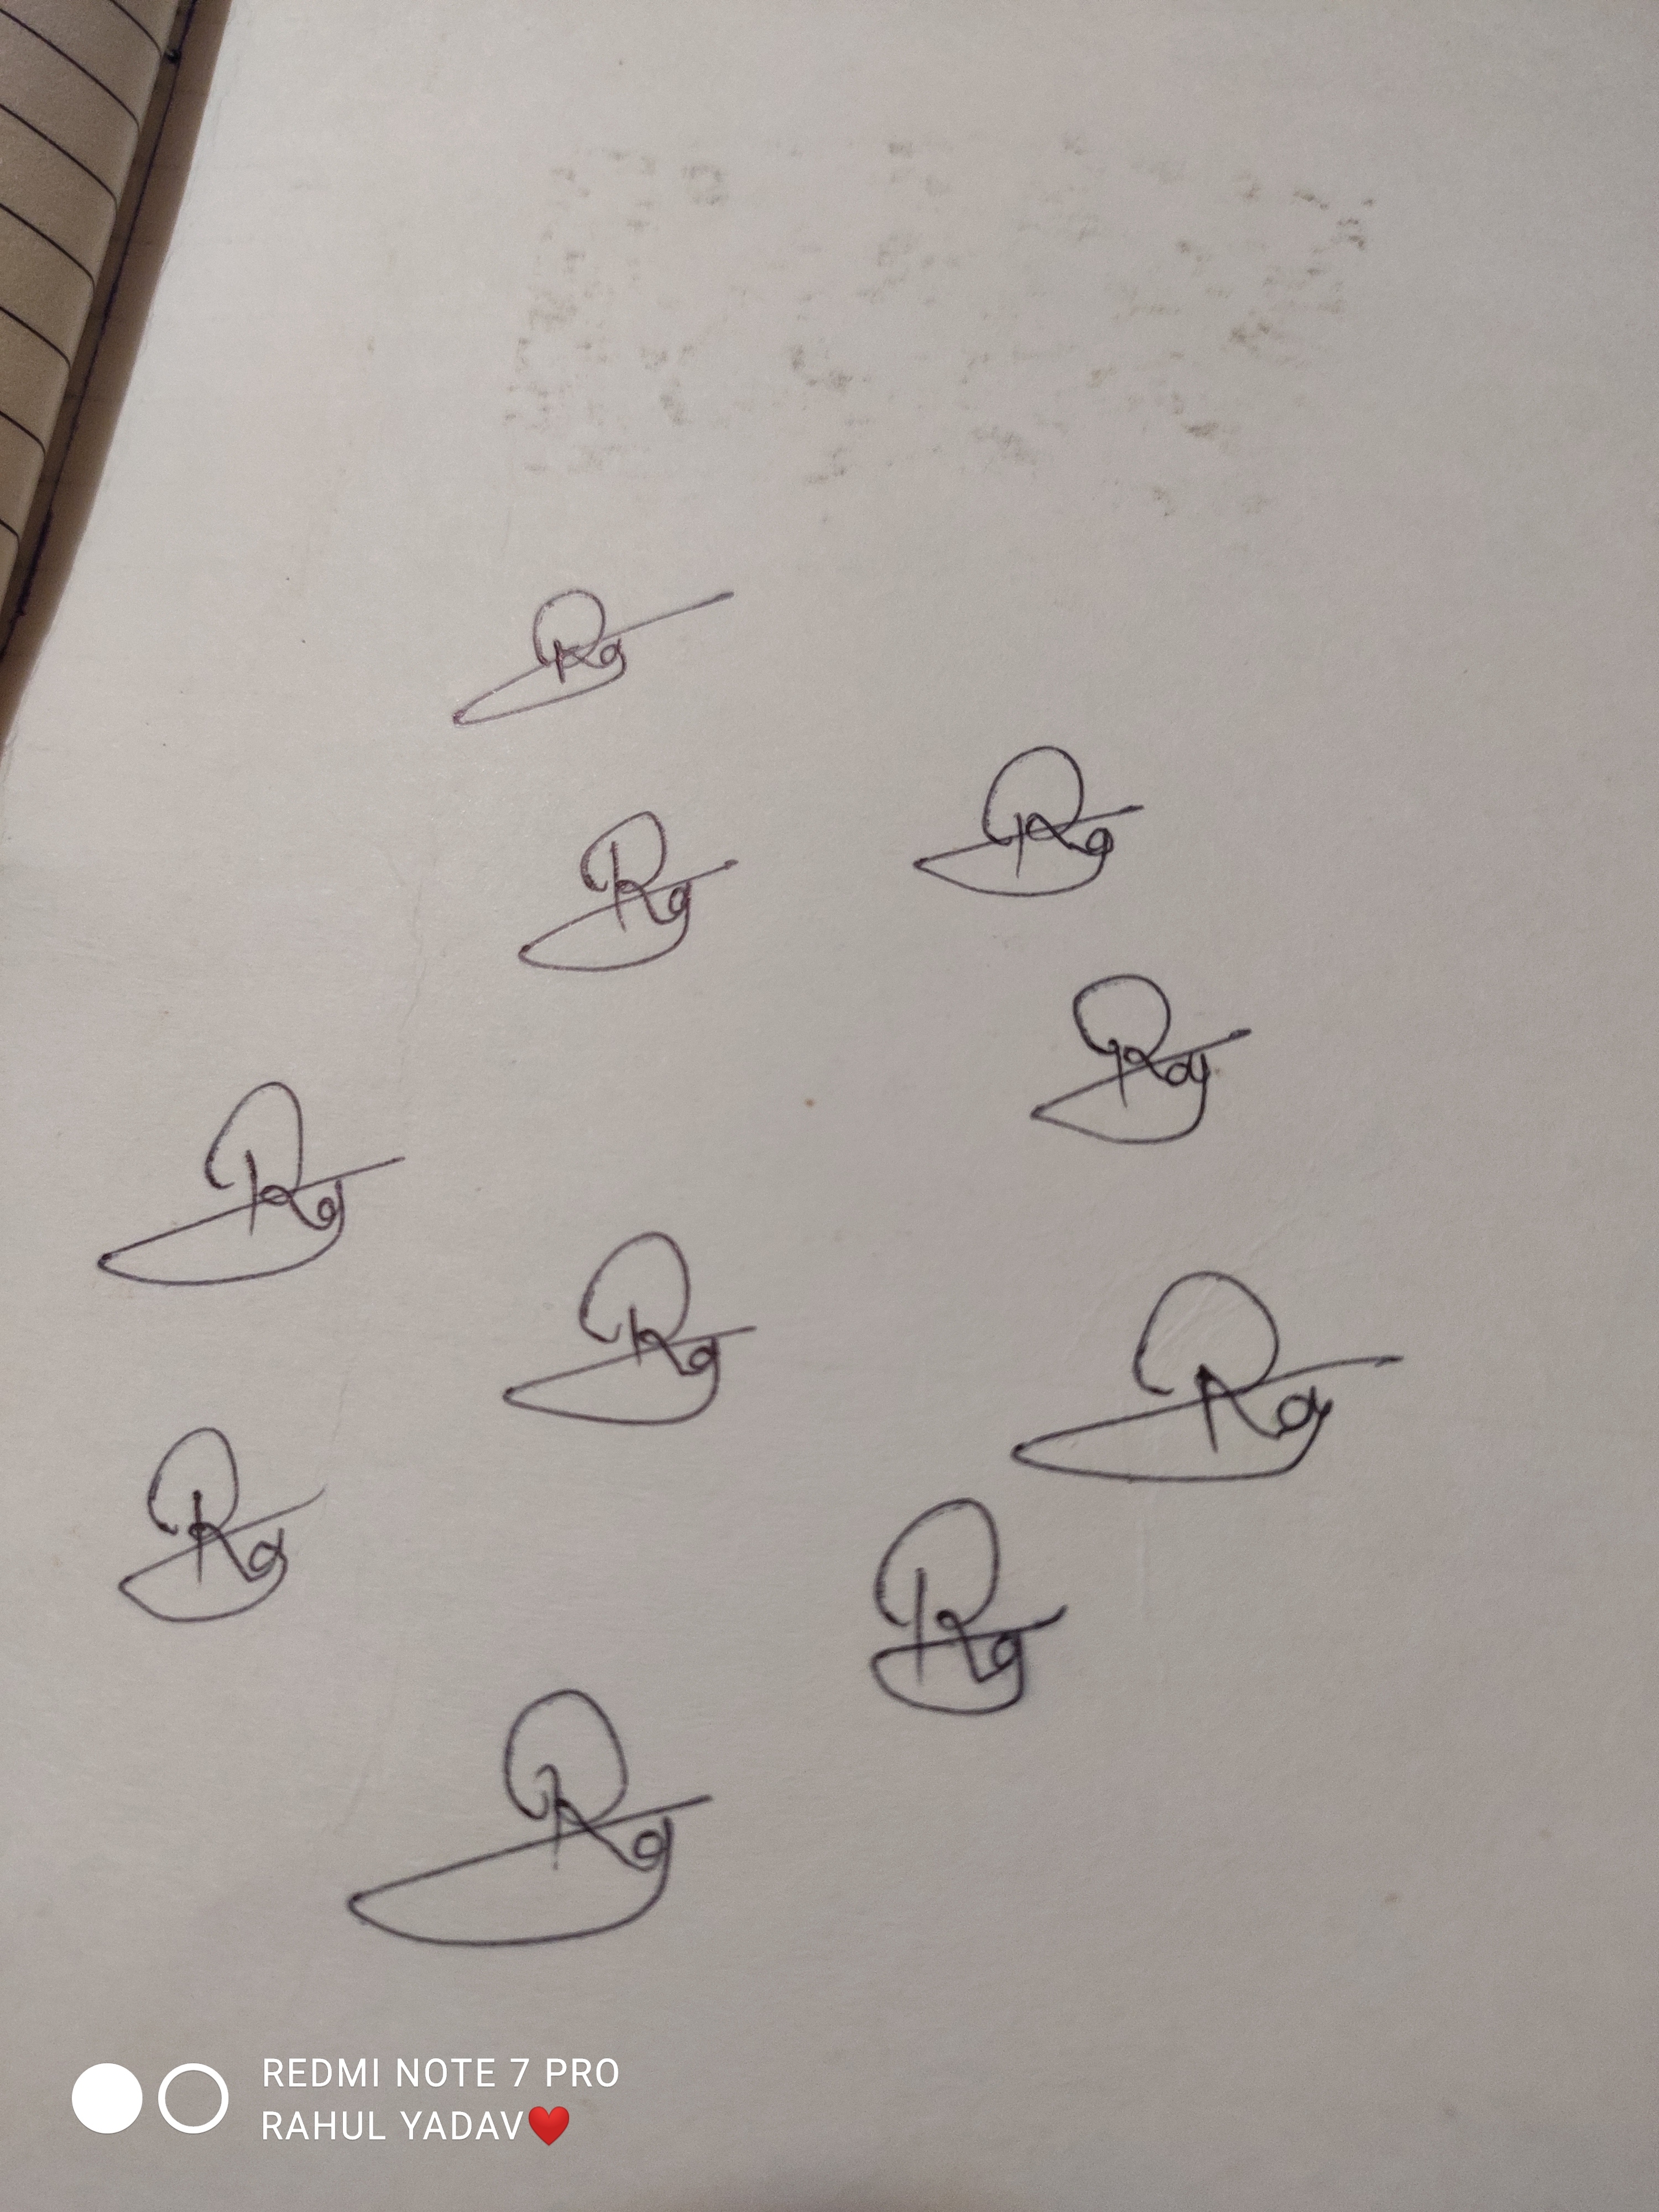
Signature authenticity: genuine